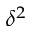
\delta ^ { 2 }